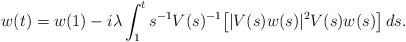
LaTeX: \begin{align*}w(t) = w(1) - i\lambda \int_1^t s^{-1}V(s)^{-1}\bigl[|V(s)w(s)|^2V(s)w(s)\bigr]\,ds.\end{align*}